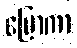
ပြောကာ